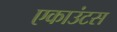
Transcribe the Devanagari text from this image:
एकाउंटस